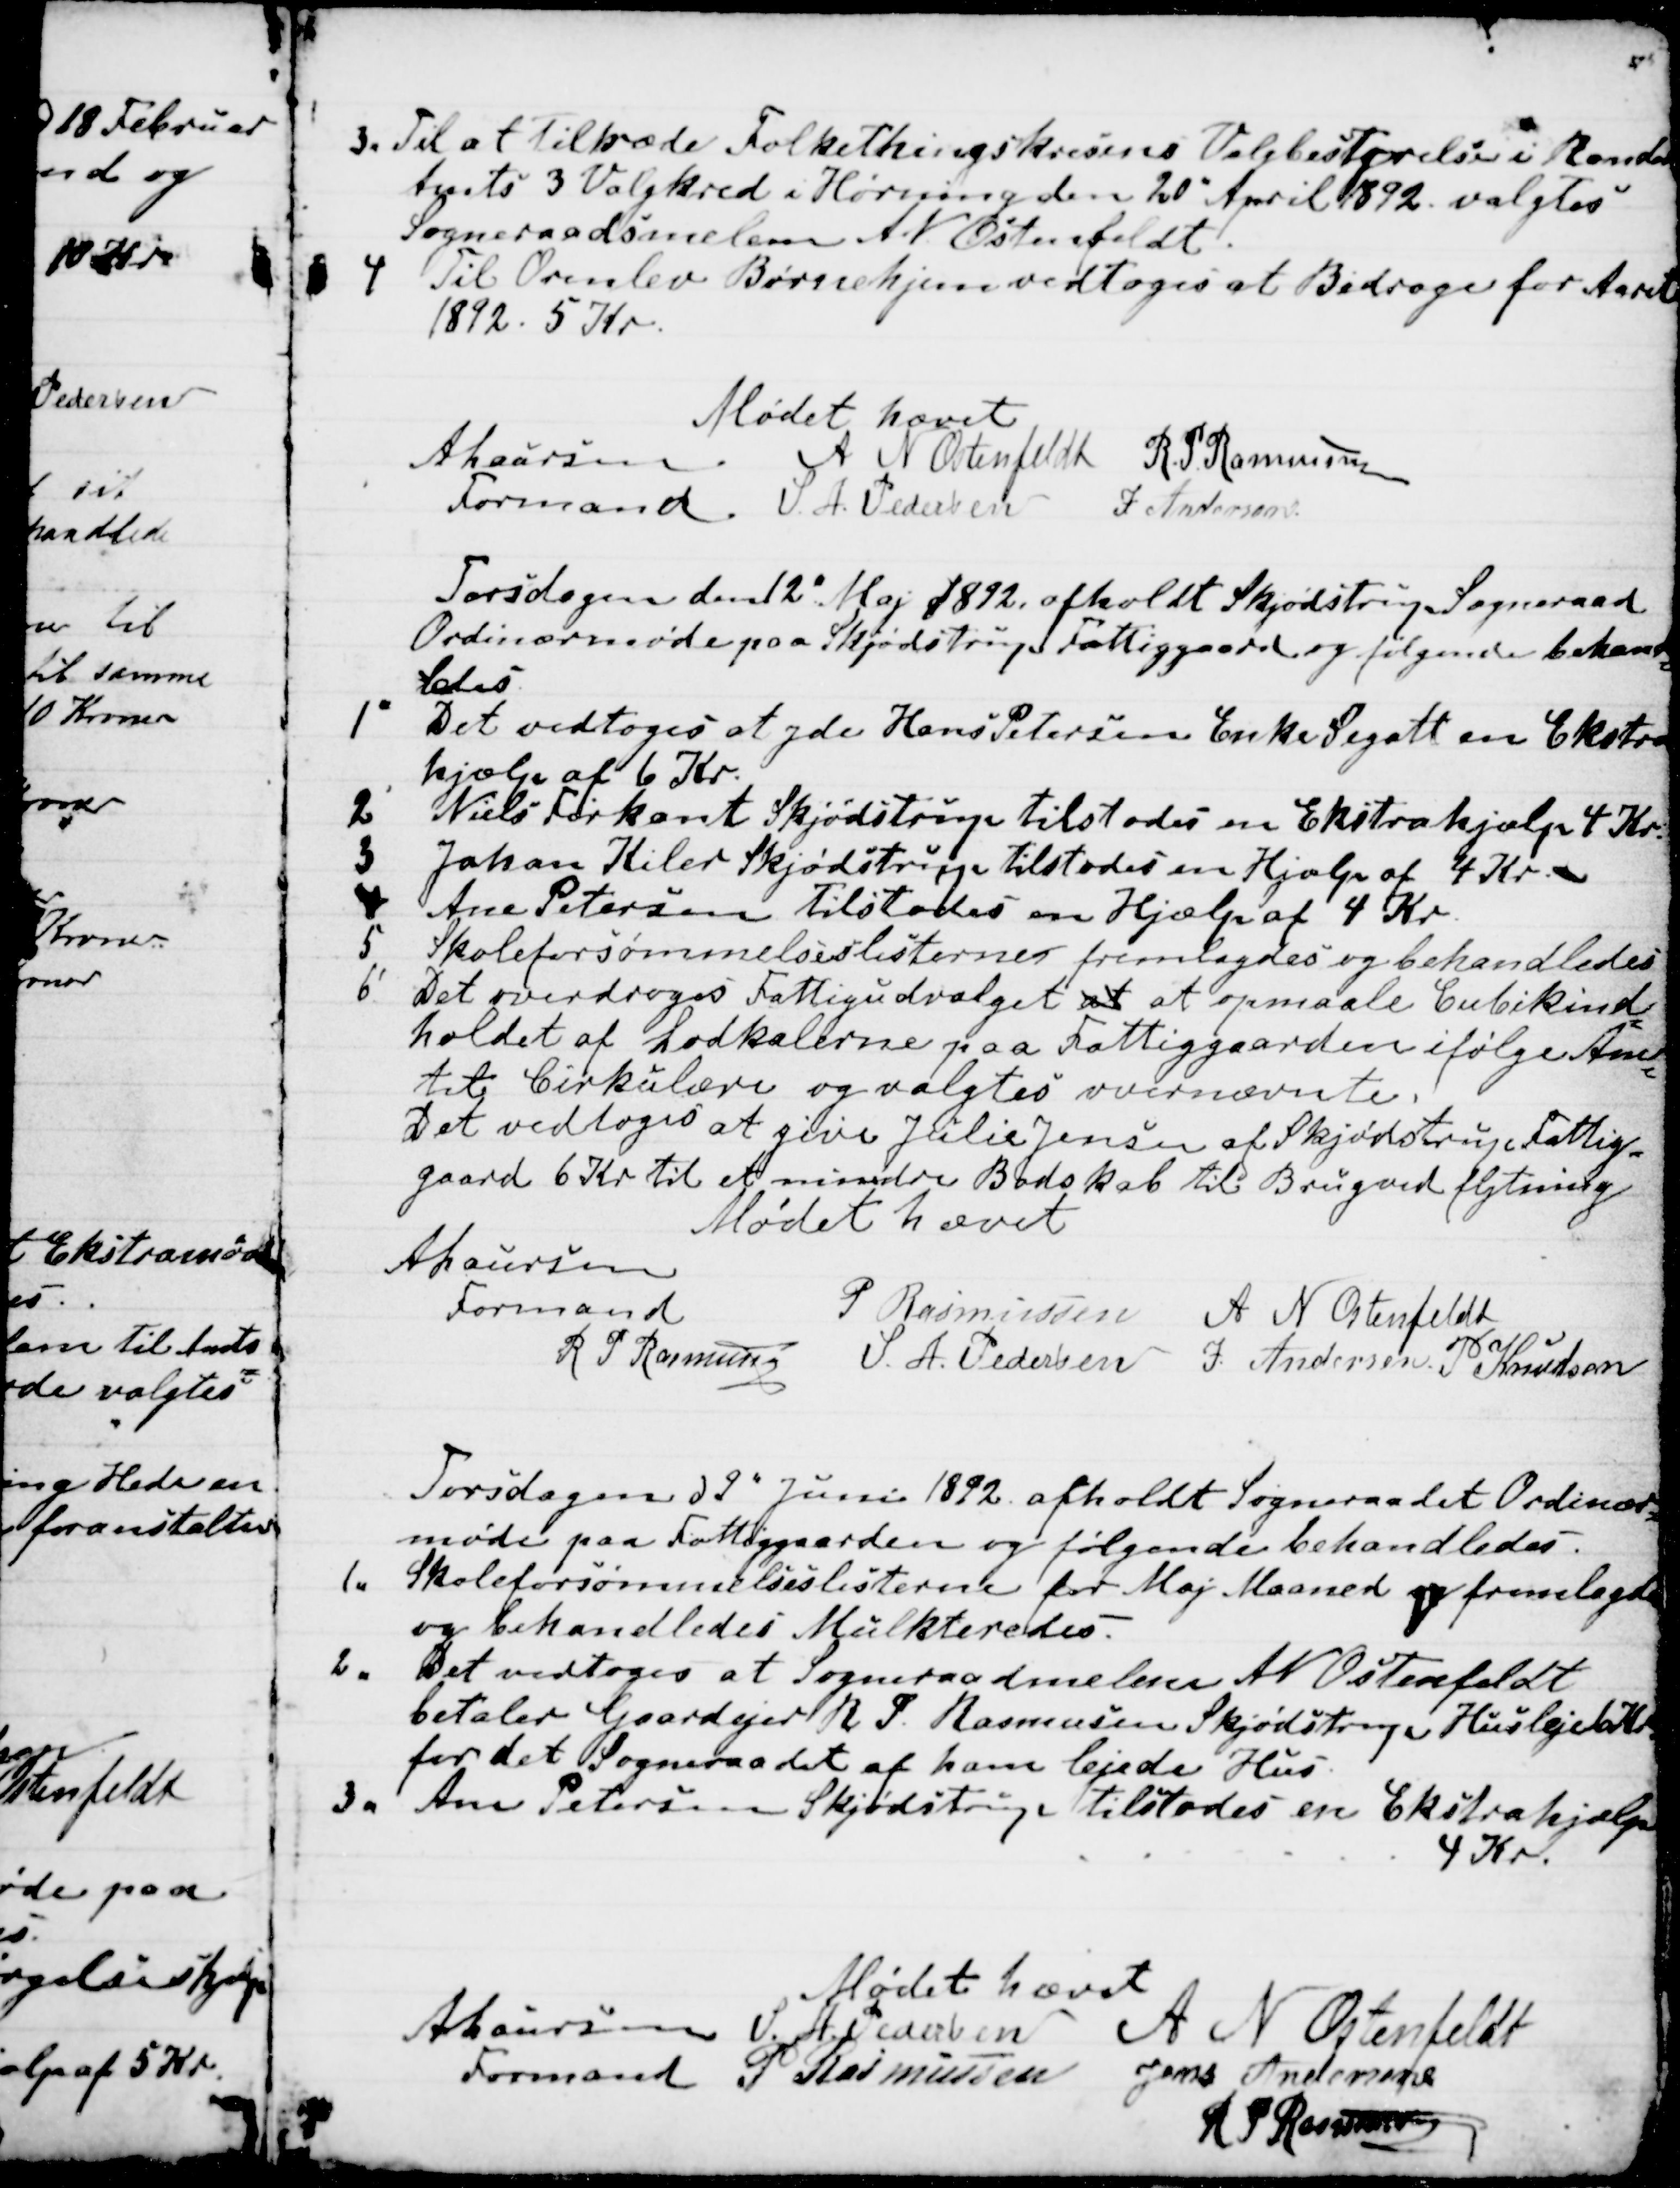
Transskription:
3. Til at tiltræde Folkethingskresens Valgbestyrelse i Rander
Amts 3 Valgkred i Hørning den 20" April 1892 valgtes
Sogneraadsmedlem A. N. Ostenfeldt.
4 Til Ormslev Børnehjem vedtoges at Bidrage for Aaret 
1892 . 5 Kr.
Mødet hævet
A Laursen
Formand
A N Ostenfeldt
R. P Rasmussen
S. A. Pedersen
J Andersen

Torsdagen den 12" Maj 1892 afholdt Skjødstrup Sogneraad
Ordinærmøde paa Skjødstrup Fattiggaard og følgende behand
=
ledes.
1" Det vedtoges at yde Hans Petersen Enke Segalt en Ekstra
hjælp af 6 Kr.
2' Niels Firkant Skjødstrup tilstodes en Ekstrahjælp 4 Kr.
3 Johan Kiler Skjødstrup tilstodes en Hjælp af 4 Kr.
4 Ane Petersen tilstodes en Hjælp af 4 Kr.
5 Skoleforsømmelseslisterne fremlagdes og behandledes
6' Det overdroges Fattigudvalget at at opmaale Cubikind
=
holdet af Lodkalerne paa Fattiggaarden ifølge Am
=
tet Cirkulære og valgtes ovennævnte.
Det vedtoges at give Julie Jensen af Skjødstrup Fattig
=
gaard 6 Kr. til et mindre Bodskab til Brug ved flytning
Mødet hævet
A Laursen
Formand
R P Rasmussen
P Rasmussen
A N Ostenfeldt
S. A. Pedersen
J. Andersen.
P Knudsen

Torsdagen d 9" Juni 1892 afholdt Sogneraadet Ordinær
=
møde paa Fattiggaarden og følgende behandledes.
1. 
 Skoleforsømmelseslisterne for Maj Maaned og fremlagdes
og behandledes Mulkteredes.
2.
Det vedtoges at Sogneraadsmedlem A. N. Ostenfeldt
betaler Gardejer R P Rasmussen Skjødstrup Husleje 6 Kr
for det Sogneraadet af ham lejede Hus.
3.
Ane Petersen Skjødstrup tilstodes en Ekstrahjælp
4 Kr.
Mødet hævet
A Laursen
Formand
S. A. Pedersen
A N Ostenfeldt
P Rasmussen
Jens Andersen
R P Rasmussen